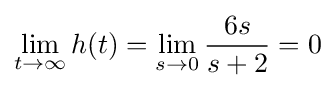
\lim _{t\to \infty }h(t)=\lim _{s\to 0}{\frac {6s}{s+2}}=0